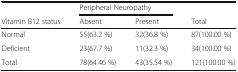
<table><thead><tr><td></td><td colspan="2"><b>Peripheral Neuropathy</b></td><td></td></tr><tr><td><b>Vitamin B12 status</b></td><td><b>Absent</b></td><td><b>Present</b></td><td><b>Total</b></td></tr></thead><tbody><tr><td>Normal</td><td>55(63.2 %)</td><td>32(36.8 %)</td><td>87(100.00 %)</td></tr><tr><td>Deficient</td><td>23(67.7 %)</td><td>11(32.3 %)</td><td>34(100.00 %)</td></tr><tr><td>Total</td><td>78(64.46 %)</td><td>43(35.54 %)</td><td>121(100.00 %)</td></tr></tbody></table>